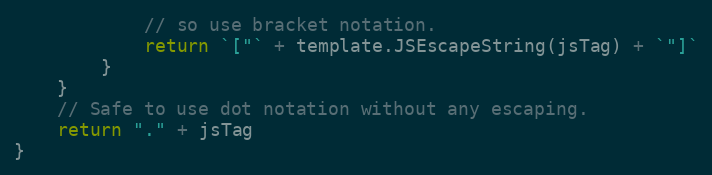
Language: Go
			// so use bracket notation.
			return `["` + template.JSEscapeString(jsTag) + `"]`
		}
	}
	// Safe to use dot notation without any escaping.
	return "." + jsTag
}